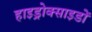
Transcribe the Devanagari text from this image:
हाइड्रोक्साइडों